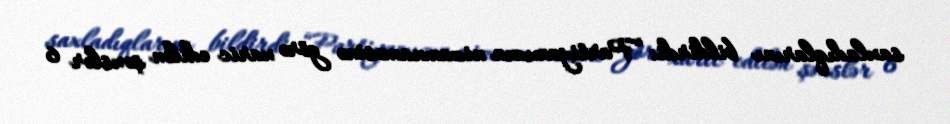
saxladıqlarını bildirdi: “Partiyamızın nizamnaməsinə görə xaric edilən şəxslər 6